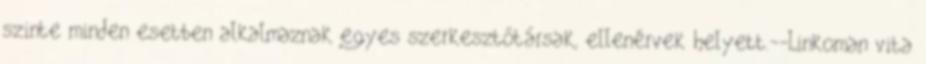
szinte minden esetben alkalmaznak egyes szerkesztőtársak, ellenérvek helyett.--Linkoman vita